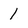
Character: 1